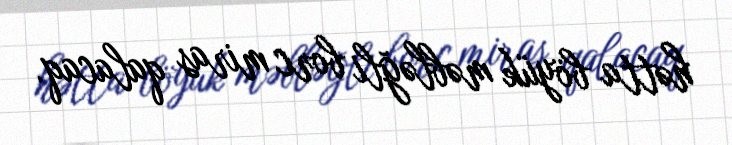
hətta böyük məbləğli borc miras qalacaq.